Vital statistics of India. Vol. IV, Annual returns from 1871 to 1876. British Army of India, Native Army and jails of Bengal
Year: 1871
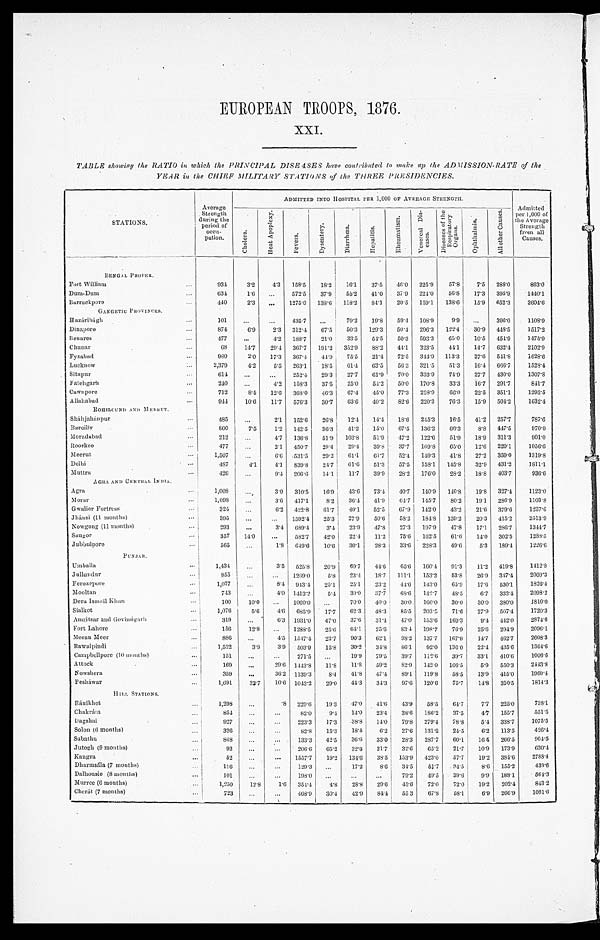
EUROPEAN TROOPS, 1876.
XXI.
TABLE showing the RATIO in which the PRINCIPAL DISEASES have contributed to make up the ADMISSION-RATE of the
YEAR in the CHIEF MILITARY STATIONS of the THREE PRESIDENCIES.
S T A T I O N S .
Average
Strength
during the
period of
occu-
pation.
ADMITTED INTO HOSPITAL PER 1,000 OF AVERAGE STRENGTH.
Admitted
per 1,000 of the
Average
Strength
from all
Causes .
C h o l e r a .
H e a t A p o p l e x y .
F e v e r s .
D y s e n t e r y .
D i a r r h œ a .
H e p a t i t i s .
R h e u m a t i s m .
V e n e r a l D i s e a s e s .
D i s e a s e s o f t h e R e s p i r a t o r y O r g a n s .
O p h t h a l m i a .
A l l o t h e r C a u s e s .
B E N G A L P R O P E R .
Fort William
...
9 3 4
3.2
4.3 158.5
18.2
16.1
37.5
46.0 225.9
57.8
7.5
288.0
8 6 3 . 0
Dum-Dum
...
634
1.6
...
572.5
37.9
55.2
41.0 37.9
224.0
5 6 . 8
17.3
395.9
1 4 4 0 . 1
Barrackpore
...
440
2.3
...
1275.0
138.6
118.2
84. 1
20.5
159.1
138.6
15.9 652.3
2604.6
GANGETIC PROVINCES.
Hazáribágh
...
1 0 1
...
. . .
435.7
. . . 79.2
19.8
59.4
108.9
9.9
...
396.0
1108.9
Dinapore
...
8 7 4
6.9
2.3 312.4
6 7 . 5 50.3
129.3
50.4 296.3
122.4
30.9 448.5
1517.2
Benares
...
4 7 7
...
4.2 188.7
2 1 . 0 33.5
54. 5
50.3 593.3
65.0
10.5 454.9
1475.9
Chunar
...
68
14.7
29.4 367.7
191.2 352.9
88.2
44.1 323.5
4 4 . 1
14.7 632.4
2102.9
Fyzabad
...
9 8 0
2 . 0 17.3
367.4
44.9
75.5
21.4
72.5
344.9 113.3
27.6
5 4 1 . 8
1628.6
Lucknow
...
2,379
4.2
5.5
263.1
18.5
61.4
63.5
56.3 321.5
5 1 . 3
1 6 . 4 666.7
1528.4
Sitapur
...
614
...
...
252.4
29.3
27.7
61.9
70.0 333.9
74.9
27.7 430.0
1307.8
Fatehgarh
...
240
...
4.2 158.3
37.5
25.0
54.2
50.0 170.8
33.3
16.7 291.7
841.7
Cawnpore
...
712
8 . 4 12.6
368.0
46.3
67.4
45.0
77.3
228.9
6 6 . 0 22.5 351.1
1293.5
Allahabad
...
9 4 4 1 0 . 6
11.7
576.3
3 0 . 7
6 3 . 6 40.2
8 2 . 6 220.3
76.3
15.9 504.2
1632.4
R O H I L C U N D A N D M E E R U T .
Sháhjahánpur
...
485
...
2.1
152.6
26.8
12.4
14.4
18.6
245.3
16.5
41.2 257.7
787.6
Bareilly
...
800
7.5
1.2 142.5
36.3
41.2
15.0
67.5
136.2
66.3
8.8
4 4 7 . 5
970.0
Moradabad
...
212
...
4.7
136.8
51.9
103.8
51.9
47.2 122.6
51.9
18.9 311.3
9 0 1 . 0
Roorkee
...
477
...
2.1 450.7
29.4
29.4
39.8
3 7 . 7 169.8
65.0
12.6 220.1
1056.6
Meerut
...
1,507
. . .
6 . 6531.5
29.2
6 1 . 1 61.7
52.4
1 4 9 . 3
4 1 . 8
27.2 359.0
1319.8
Delhi
...
4 8 7
4.1
4 . 1 839. 8
2 4 . 7
6 1 . 6 51.3
57.5 158.1
145.8
32.9 431.2
1 8 1 1 . 1
Muttra
...
426
...
9.4 206.6
14.1
11.7
39.9
28.2
176.0
28.2
18.8
4 0 3 . 7
936.6
A G R A A N D C E N T R A L I N D I A .
Agra
...
1,008
...
3.0 310.5
16.9
43.6
73.4
4 0 . 7
1 4 0 . 9
1 4 6 . 8
19.8
327.4
1123.0
Morur
...
1 , 0 9 8
. . .
3.6 417.1
8.2
36.4
41.9
6 4 . 7 145.7
8 0 . 2 19.1
286.9
1103.8
Gwalior Fortress
...
324
...
6.2 422.8
61.7
40.1
52.5
6 7 . 9 142.0
43.2
21.6 379.6
1237.6
Jhánsi (11 months)
...
395
. . .
. . . 1592.4
25.3
27.9
50.6
5 8 . 2
1 8 4 . 8 139.2
20.3 415.2
2513.9
Nowgong (11 months)
...
293
... 3.4
689. 4
3 . 4 23.9
47.8
27.3
197.9
47.8
17.1
286.7
1344.7
Saugor
...
357
14.0
. . . 582. 7
4 2 . 0
2 2 . 4
1 1 . 2 75.6 162.5
61.6
14.0 302.5
1288.5
Jubbulpore
...
565
. . . 1.8
649. 6
10.6
30.1
28.3
33.6
228.3
49.6
5.3
189.4
1226.6
P U N J A B .
Umballa
...
1,434
. . .
3 . 5 525.8
20.9
6 9 . 7 44.6
6 5 . 6 160.4
9 1 . 3
11.2 419.8
1 4 1 2 . 8
Jullundur
...
8 5 5
. . .
. . . 1269.0
5 . 8 23.4
18.7
111.1
153.2
53.8
26.9 347.4
2009.3
Ferozepore
...
1 , 0 7 7
. . . 8.4 943.4
25.1
25.1
23.2
44.6
1 4 3 . 0
6 5 . 9
17.6
530.1
1826.4
Mooltan
...
743
. . . 4.0 1413.2
5.4
39.0
3 7 . 7
6 8 . 6
1 4 2 . 7 48.5
6.7 332.4
2098.2
Dera Ismail Khan
...
100
10.0
. . .
1060.0
...
70.0
40.0
30.0
1 6 0 . 0 30.0
30.0 380.0
1810.0
Sialkot
...
1 , 0 7 6 5.6
4 . 6 685.9
17.7
62.3
48.3
85.5 203.5
71.6
27.9 507.4
1720.3
Amritsar and Govindgarh
. . .
319
. . . 6.3 1931.0
47.0
37.6
31.4
47.0
1 5 3 . 6 169.3
9.4 442.0
2 8 4 7 . 6
Fort Lahore
. . .
156
12.8
. . . 1288.5
25.6
6 4 . 1 25.6
83.4
198.7
76.9
25.6
2 9 4 . 9
2 0 9 6 . 1
Meean Meer
. . .
8 8 6
...
4.5 1547.4
23.7
90.3
6 2 . 1
98.2
137.7
167.0
14.7
4 6 2 . 7
2608.3
Rawalpindi
. . .
1,522
3.9
3.9 503.9
15.8
30.2
34.8
86.1
92.0 136.0
22.4 435.6
1364.6
Campbellpore (10 months)
. . .
151
. . .
. . . . 271.5
...
19.9
79.5
39.7
112.6
39.7
33.1
410.6
1006.6
Attock
. . .
169
...
29.6
1443.8
1 1 . 8
11.8
59.2
82.9
1 4 2 . 0 106.5
5.9
550.3
2 4 4 3 . 8
Nowshera
...
359
. . . 36.2
1139. 3
8 . 4 41.8
47.4
8 9 . 1 119.8
58.5
13.9 415.0
1 9 6 9 . 4
Pesháwar
. . .
1,691
33.7
10.6 1043.2
29.0
44.3
3 4 . 3
9 7 . 6
120.6
75.7
1 4 . 8 310.5
1814.3
H I L L S T A T I O N S .
Ráni khet
. . .
1 , 2 9 8 ...
.8 229.6
19.3
47.0 41.6
43.9
58.5
64.7
7.7
225.0
738.1
Chakráta
. . .
854
...
. . .
8 2 . 0
9 . 4
14.0
23.4
38.6 186.2
37.5
4 . 7
1 5 5 . 7
551.5
Dagshai
. . .
927
... ...
223.3
17.3
3 8 . 8
14.0
79.8 279.4
78.8
5 . 4
3 3 8 . 7
1075.5
Solon (6 months)
. . .
3 2 6
. . .
...
82.8
15.3
18.4
6.2
27.6
1 3 1 . 9
24.5
6.2 113.5
426.4
Subathu
. . .
8 4 8
. . .
...
133.3
42.5
36.6
3 3 . 0
2 8 . 3
2 8 7 . 7
6 0 . 1
16 5 266.5
904.5
Jutogh (9 months)
. . .
92
...
... 206.6
6 5 . 2
3 2 . 6
2 1 . 7
3 2 . 6
6 5 . 2
2 1 . 7
1 0 . 9
1 7 3 . 9
630.4
Kangra
. . .
52
. . .
. . . 1557.7
19.2
1 3 4 . 6
3 8 . 5
1 5 3 . 9
4 2 3 . 0
5 7 . 7
1 9 . 2
3 8 4 . 6
2 7 8 8 . 4
Dharmsála (7 months)
. . .
1 1 6
. . .
. . .
1 2 9 . 3
...
17.2
8 . 6
3 4 . 5
5 1 . 7
3 4 . 5
8 . 6
1 5 5 . 2
4 3 9 . 6
Dalhousie (8 months)
. . .
101
...
. . .
1 9 8 . 0
. . .
. . .
. . .
79.2
49.5
39.6
9.9
188.1
5 6 4 . 3
Murree (6 months)
. . .
1,250
1 2 . 8
1 . 6 354.4
4 . 8
2 8 . 8
2 9 . 6
45.6
72.0
72.0
19.2 202.4
843.2
Cherát (7 months)
. . .
723
. . .
...
4 6 8 . 9
3 0 . 4
4 2 . 9
8 4 . 4
5 5 3
6 7 . 8
5 8 . 1
6 . 9 266.9
1 0 8 1 . 6